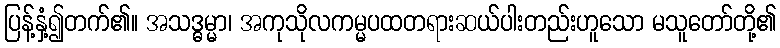
ပြန့်နှံ့၍တက်၏။ အသဒ္ဓမ္မာ၊ အကုသိုလကမ္မပထတရားဆယ်ပါးတည်းဟူသော မသူတော်တို့၏